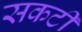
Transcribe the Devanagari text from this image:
सकटी